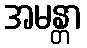
အမန္တာ